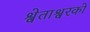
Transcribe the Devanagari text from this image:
श्वेताश्वरको